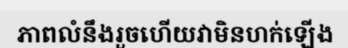
ភាពលំនឹងរួចហើយវាមិនហក់ឡើង